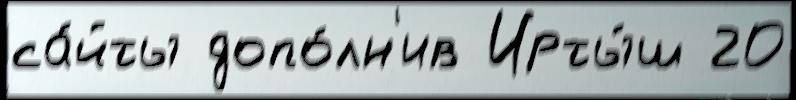
са́йты допо́лн'ив Ирты́ш 20